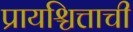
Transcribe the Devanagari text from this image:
प्रायश्चित्ताची